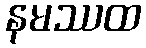
နမဿထ